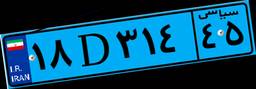
۴۷D۸۷۵۸۲